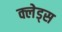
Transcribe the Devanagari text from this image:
क्लेड्स